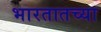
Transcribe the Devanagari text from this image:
भारतातच्या